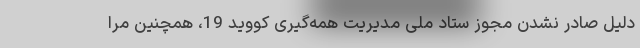
دلیل صادر نشدن مجوز ستاد ملی مدیریت همه‌گیری کووید 19، همچنین مرا